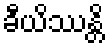
ခီယိဿန္တိ